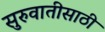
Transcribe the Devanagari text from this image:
सुरुवातीसाठी